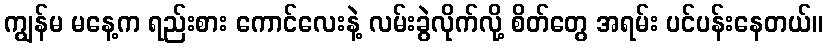
ကျွန်မ မနေ့က ရည်းစား ကောင်လေးနဲ့ လမ်းခွဲလိုက်လို့ စိတ်တွေ အရမ်း ပင်ပန်းနေတယ်။